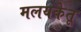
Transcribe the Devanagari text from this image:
मलयकेतू